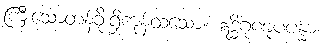
ကြီးသောတန်ခိုးရှိကုန်ထသော။ ဣဒ္ဓိဂုဏူပပန္နာ၊